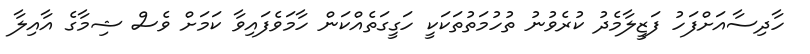
ހާދިސާއަށްފަހު ފަޒީލާމެދު ކުރެވުނު ތުހުމަތުތަކަކީ ހަގީގަތެއްކަން ހާމަވެފައިވާ ކަމަށް ވެސް ޝިމާގެ އާއިލާ